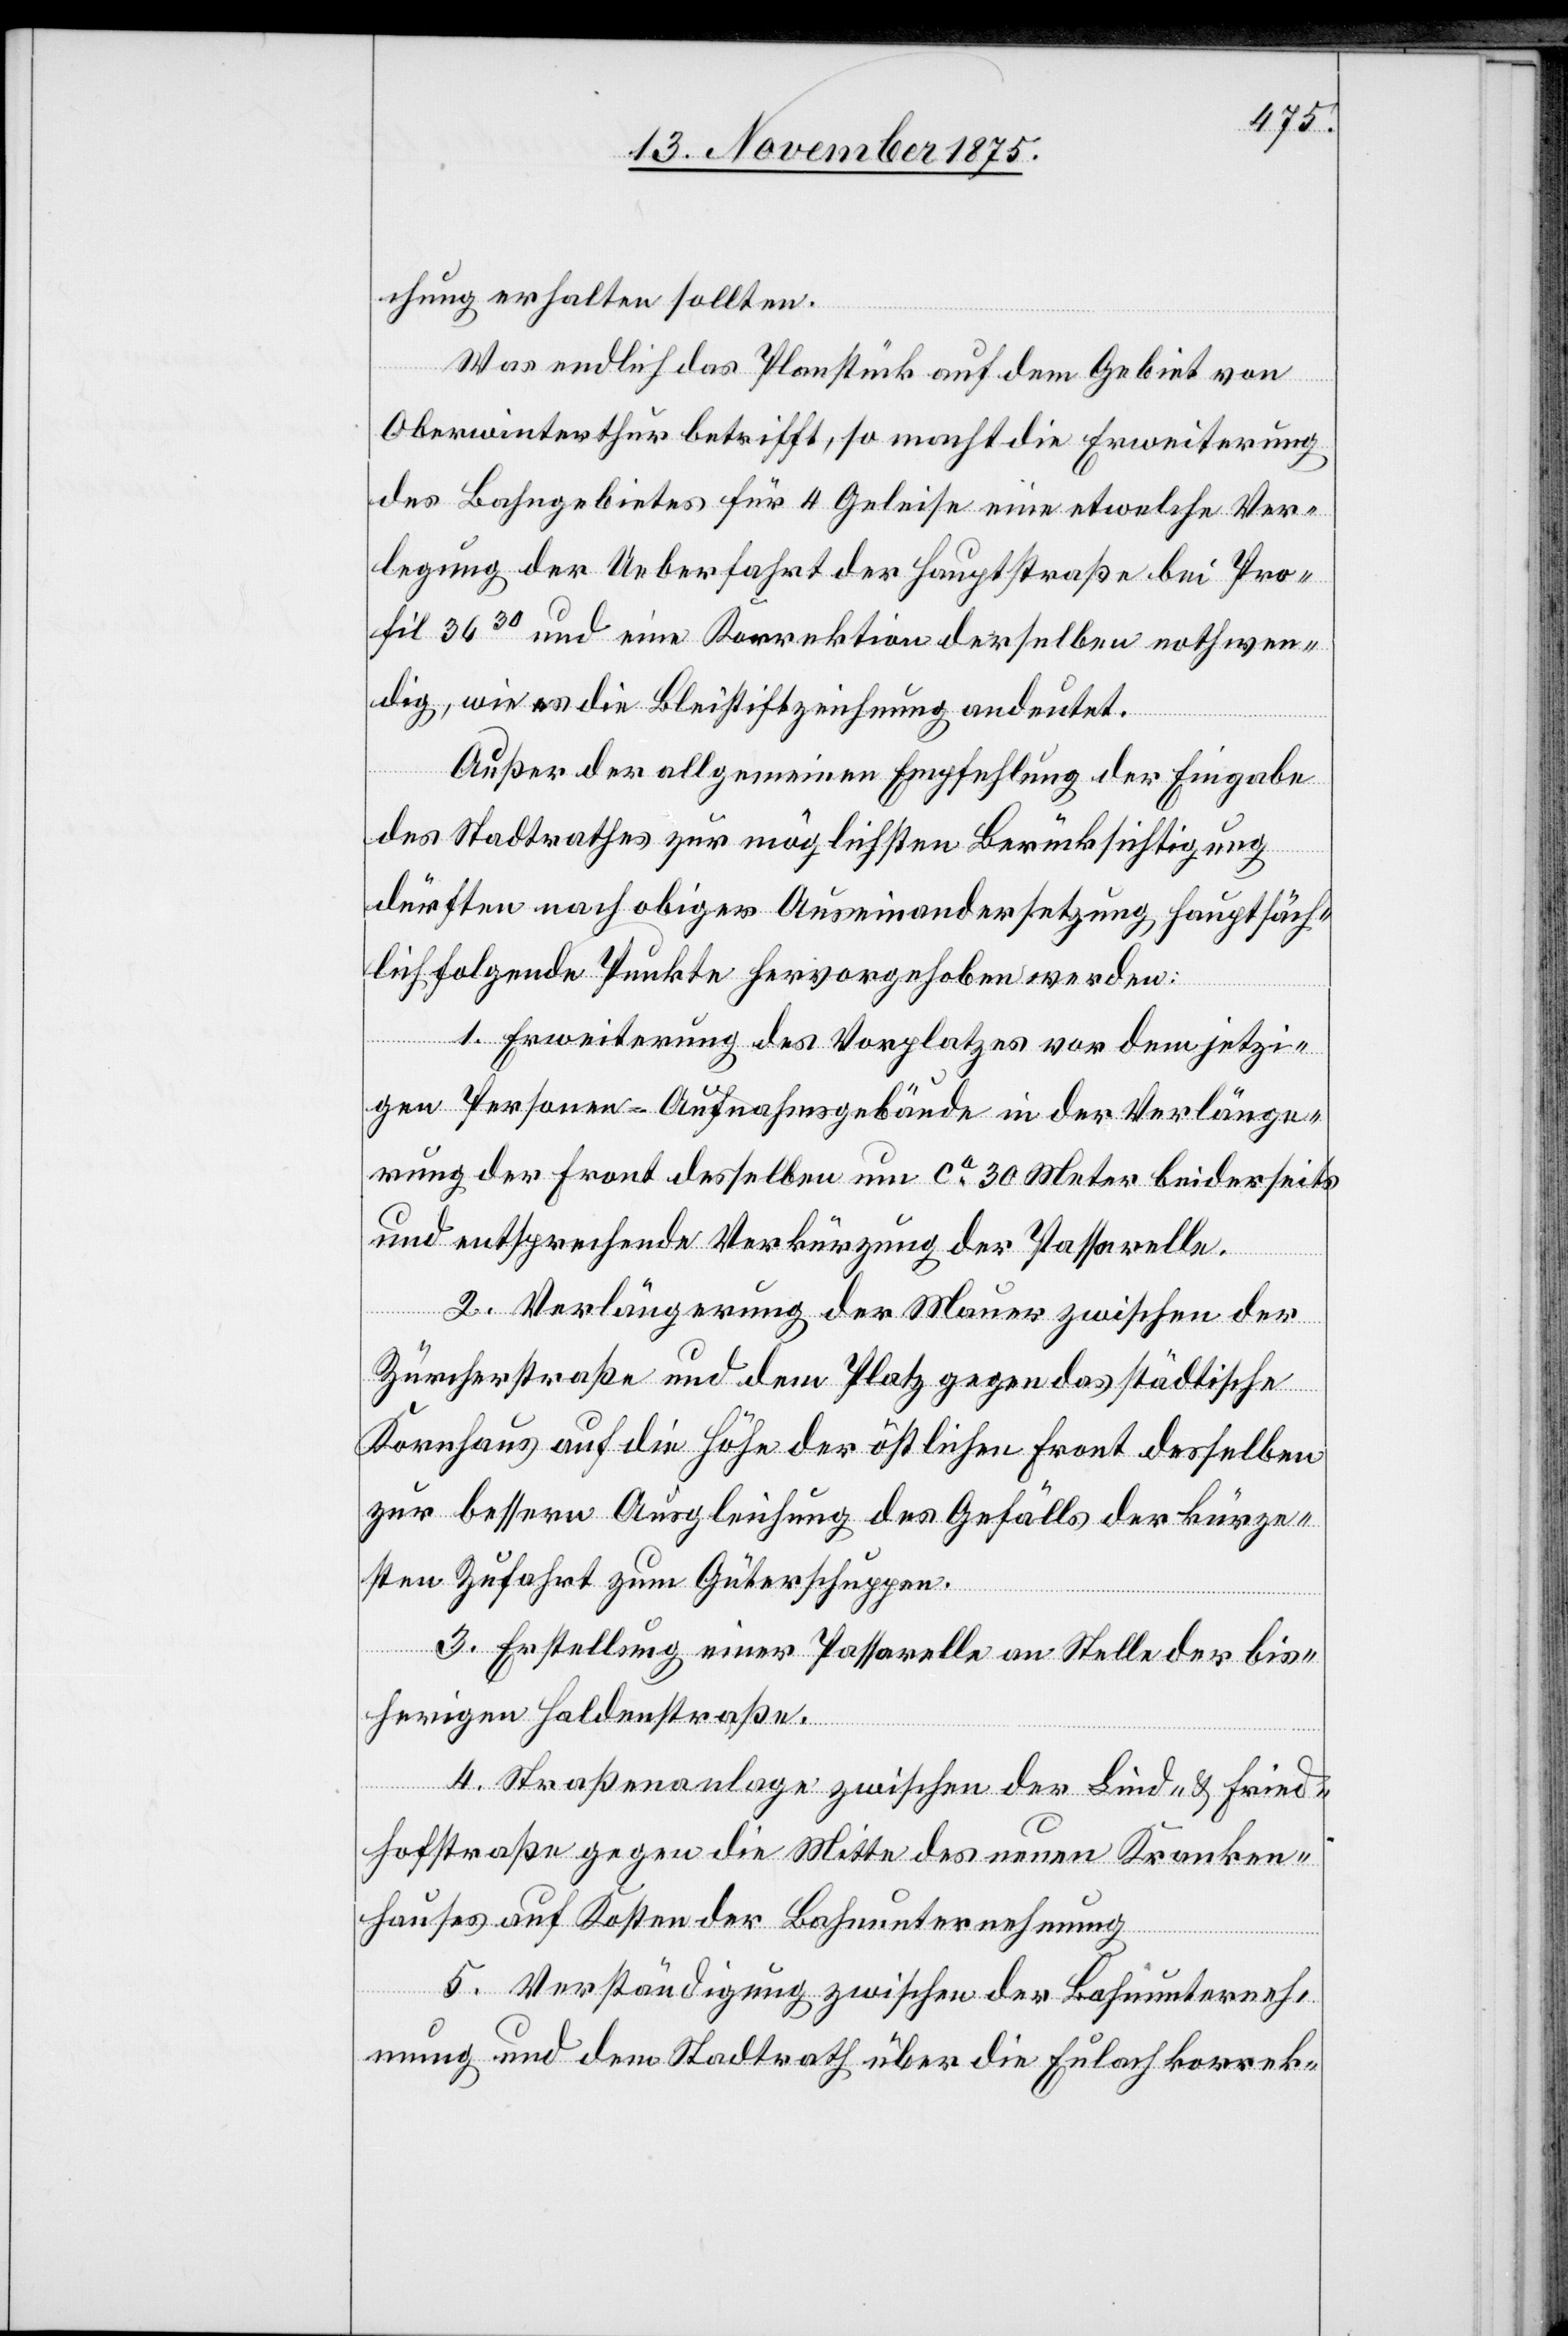
chung erhalten sollten.
Was endlich das Planstück auf dem Gebiet von
Oberwinterthur betrifft, so macht die Erweiterung
des Bahngebietes für 4 Geleise eine etwelche Ver¬
legung der Ueberfahrt der Hauptstraße bei Pro¬
fil 3630 und eine Korrektion derselben nothwen¬
dig, wie es die Bleistiftzeichnung andeutet.
Außer der allgemeinen Empfehlung der Eingabe
des Stadtrathes zur möglichsten Berücksichtigung
dürften nach obiger Auseinandersetzung hauptsäch¬
lich folgende Punkte hervorgehoben werden:
1. Erweiterung des Vorplatzes vor dem jetzi¬
gen Personen-Aufnahmsgebäude in der Verlänge¬
rung der Front desselben um ca 30 Meter beiderseits
und entsprechende Verkürzung der Passarelle.
2. Verlängerung der Mauer zwischen der
Zürcherstraße und dem Platz gegen das städtische
Kornhaus auf die Höhe der östlichen Front desselben
zur bessern Ausgleichung des Gefälls der kürze¬
sten Zufahrt zum Güterschuppen.
3. Erstellung einer Passarelle an Stelle der bis¬
herigen Haldenstraße.
4. Straßenanlage zwischen der Lind- & Fried¬
hofstraße gegen die Mitte des neuen Kranken¬
hauses auf Kosten der Bahnunternehmung.
5. Verständigung zwischen der Bahnunterneh¬
mung und dem Stadtrath über die Eulachkorrek-